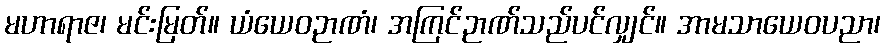
မဟာရာဇ၊ မင်းမြတ်။ ယံယေဝဉာဏံ၊ အကြင်ဉာဏ်သည်ပင်လျှင်။ အာမသာယေဝပညာ၊